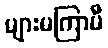
များမကြာမီ